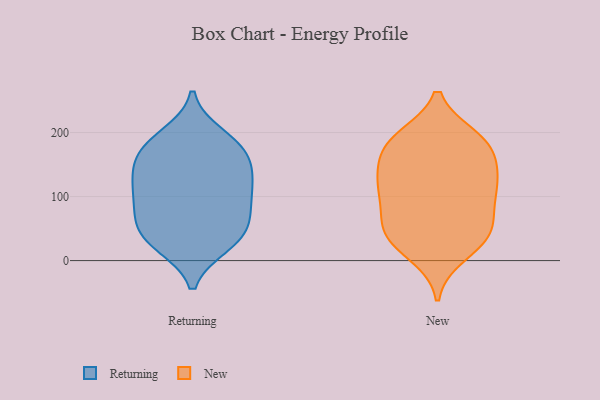
{"axis": {"x": "Gross Profit (USD K)", "y": "Value"}, "legend": ["New", "Returning"], "data": [{"x": "", "y": 48, "type": "Returning"}, {"x": "", "y": 28, "type": "Returning"}, {"x": "", "y": 132, "type": "Returning"}, {"x": "", "y": 169, "type": "Returning"}, {"x": "", "y": 62, "type": "Returning"}, {"x": "", "y": 159, "type": "Returning"}, {"x": "", "y": 105, "type": "Returning"}, {"x": "", "y": 25, "type": "Returning"}, {"x": "", "y": 124, "type": "Returning"}, {"x": "", "y": 64, "type": "Returning"}, {"x": "", "y": 32, "type": "Returning"}, {"x": "", "y": 133, "type": "Returning"}, {"x": "", "y": 176, "type": "Returning"}, {"x": "", "y": 89, "type": "Returning"}, {"x": "", "y": 98, "type": "Returning"}, {"x": "", "y": 182, "type": "Returning"}, {"x": "", "y": 195, "type": "Returning"}, {"x": "", "y": 133, "type": "New"}, {"x": "", "y": 39, "type": "New"}, {"x": "", "y": 183, "type": "New"}, {"x": "", "y": 183, "type": "New"}, {"x": "", "y": 65, "type": "New"}, {"x": "", "y": 191, "type": "New"}, {"x": "", "y": 177, "type": "New"}, {"x": "", "y": 75, "type": "New"}, {"x": "", "y": 10, "type": "New"}, {"x": "", "y": 106, "type": "New"}, {"x": "", "y": 42, "type": "New"}, {"x": "", "y": 106, "type": "New"}, {"x": "", "y": 112, "type": "New"}, {"x": "", "y": 184, "type": "New"}, {"x": "", "y": 36, "type": "New"}, {"x": "", "y": 132, "type": "New"}, {"x": "", "y": 137, "type": "New"}, {"x": "", "y": 36, "type": "New"}]}